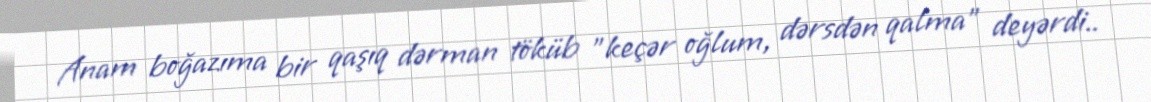
Anam boğazıma bir qaşıq dərman töküb "keçər oğlum, dərsdən qalma" deyərdi..